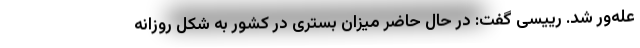
عله‌ور شد. رییسی گفت: در حال حاضر میزان بستری در کشور به شکل روزانه